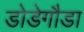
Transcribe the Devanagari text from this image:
डोडेगौडा